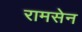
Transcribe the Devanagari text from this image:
रामसेन